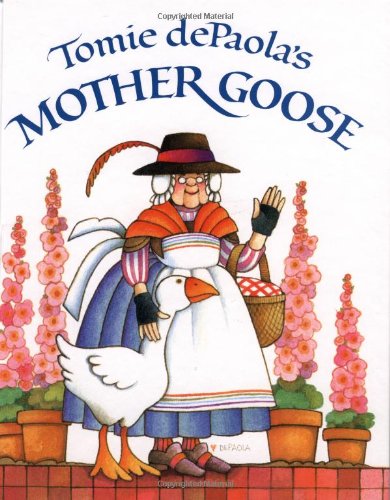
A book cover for Tomie dePaola's Mother Goose; Tomie dePaola; Children's Books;